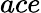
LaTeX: ace